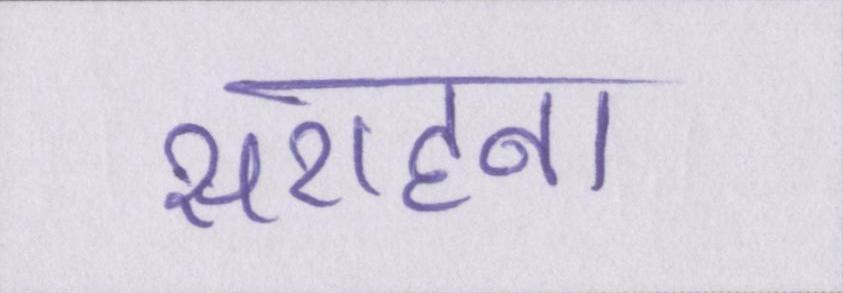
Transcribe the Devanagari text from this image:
सराहना